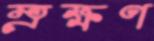
ম্রক্ষণ